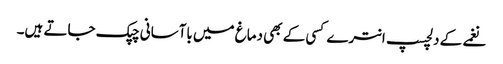
نغمے کے دلچسپ انترے کسی کے بھی دماغ میں باآسانی چپک جاتے ہیں۔